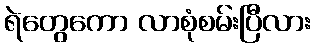
ရဲတွေကော လာစုံစမ်းပြီလား